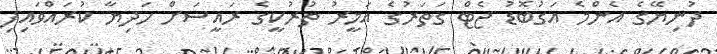
ދުނިޔޭގެ އެންމެ އަގުބޮޑު ޖެޓް ގަތަރުގެ އަމީރު ތުރުކީގެ ރައީސަށް ހަދިޔާ ކުރައްވައިފި